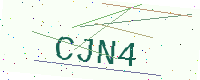
Text: CJN4